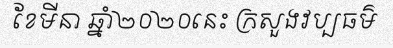
ខែមីនា ឆ្នាំ២០២០នេះ ក្រសួងវប្បធម៌